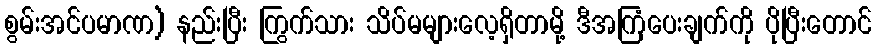
စွမ်းအင်ပမာဏ) နည်းပြီး ကြွက်သား သိပ်မများလေ့ရှိတာမို့ ဒီအကြံပေးချက်ကို ပိုပြီးတောင်